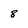
Character: 8